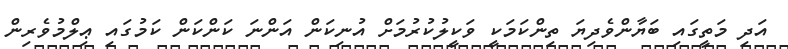
އަދި މަތީގައި ބަޔާންވެދިޔަ ތިންކަމަކީ ވަކީލުކުރުމަށް އުނިކަން އަންނަ ކަންކަން ކަމުގައި ޢިލްމުވެރިން